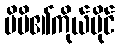
မိမိ၏ကိုယ်ပိုင်